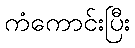
ကံကောင်းပြီး